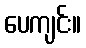
ပေကျင်း။